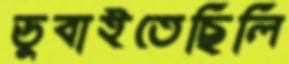
ডুবাইতেছিলি